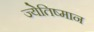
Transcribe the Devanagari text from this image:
ज्येतिष्मान